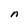
Character: n